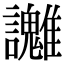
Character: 𧮓